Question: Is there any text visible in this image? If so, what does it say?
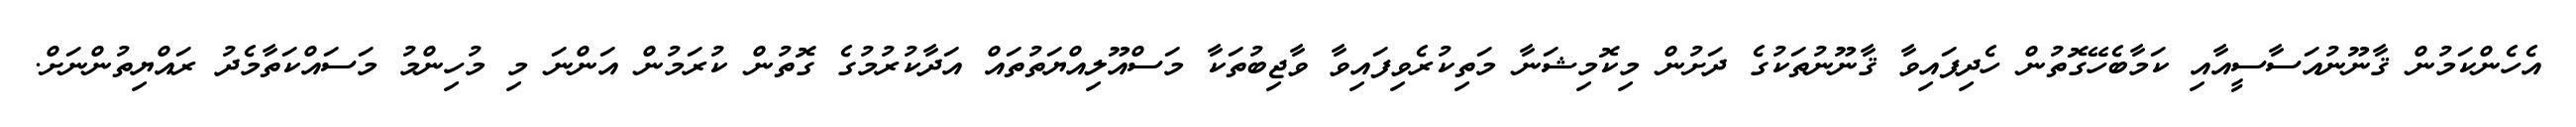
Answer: އެހެންކަމުން ޤާނޫނުއަސާސީއާއި ކަމާބެހޭގޮތުން ހެދިފައިވާ ޤާނޫނުތަކުގެ ދަށުން މިކޮމިޝަނާ މަތިކުރެވިފައިވާ ވާޖިބުތަކާ މަސްއޫލިއްޔަތުތައް އަދާކުރުމުގެ ގޮތުން ކުރަމުން އަންނަ މި މުހިންމު މަސައްކަތާމެދު ރައްޔިތުންނަށް.